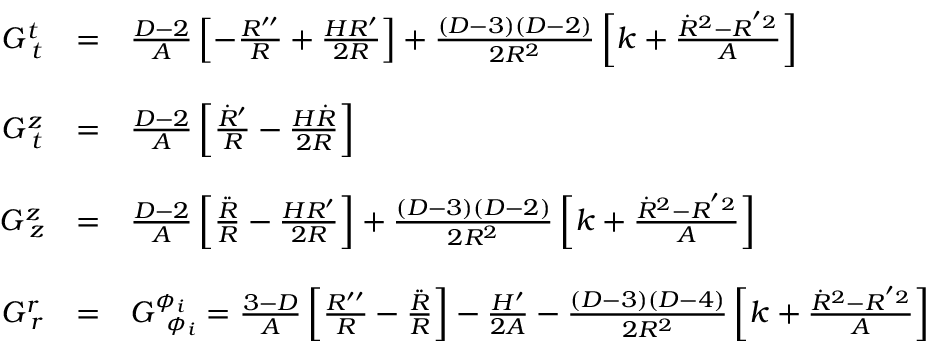
\left. \begin{array} { c c l } { { G _ { \; t } ^ { t } } } & { { = } } & { { \frac { D - 2 } { A } \left[ - \frac { R ^ { \prime \prime } } { R } + \frac { H R ^ { \prime } } { 2 R } \right] + \frac { ( D - 3 ) ( D - 2 ) } { 2 R ^ { 2 } } \left[ k + \frac { \dot { R } ^ { 2 } - R ^ { ' 2 } } { A } \right] } } \\ { { { \mathrm { ~ } } } } & { { } } & { { { \mathrm { ~ } } } } \\ { { G _ { \; t } ^ { z } } } & { { = } } & { { \frac { D - 2 } { A } \left[ { \frac { \dot { R } ^ { \prime } } { R } } - { \frac { H \dot { R } } { 2 R } } \right] } } \\ { { { \mathrm { ~ } } } } & { { } } & { { { \mathrm { ~ } } } } \\ { { G _ { \; z } ^ { z } } } & { { = } } & { { \frac { D - 2 } { A } \left[ \frac { \ddot { R } } { R } - \frac { H R ^ { \prime } } { 2 R } \right] + \frac { ( D - 3 ) ( D - 2 ) } { 2 R ^ { 2 } } \left[ k + \frac { \dot { R } ^ { 2 } - R ^ { ' 2 } } { A } \right] } } \\ { { { \mathrm { ~ } } } } & { { } } & { { { \mathrm { ~ } } } } \\ { { G _ { \; r } ^ { r } } } & { { = } } & { { G _ { \; \; \phi _ { i } } ^ { \phi _ { i } } = \frac { 3 - D } { A } \left[ { \frac { R ^ { \prime \prime } } { R } } - { \frac { \ddot { R } } { R } } \right] - { \frac { H ^ { \prime } } { 2 A } } - \frac { ( D - 3 ) ( D - 4 ) } { 2 R ^ { 2 } } \left[ k + \frac { \dot { R } ^ { 2 } - R ^ { ' 2 } } { A } \right] } } \end{array} \right.